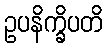
ဥပနိက္ခိပတိ